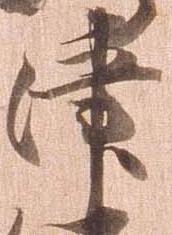
津